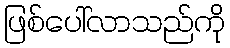
ဖြစ်ပေါ်လာသည်ကို